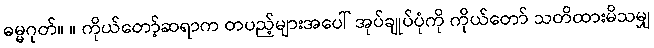
ဓမ္မဂုတ်။ ။ ကိုယ်တော့်ဆရာက တပည့်များအပေါ် အုပ်ချုပ်ပုံကို ကိုယ်တော် သတိထားမိသမျှ